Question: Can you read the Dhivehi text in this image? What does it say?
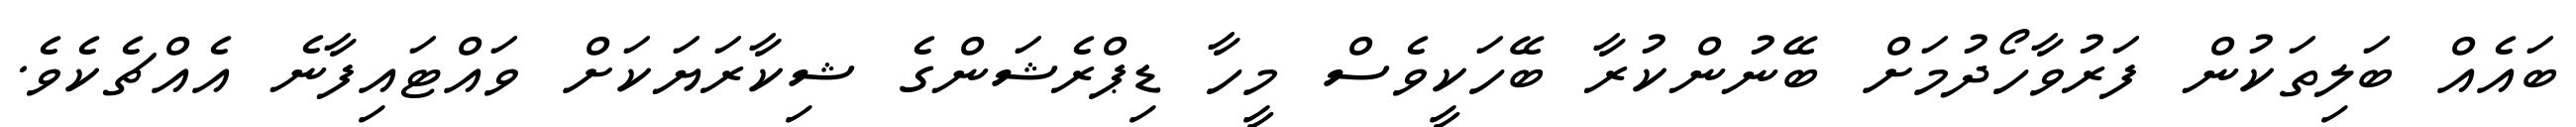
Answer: ބައެއް ބަލިތަކުން ފަރުވާހޯދުމަށް ބޭނުންކުރާ ބޭހަކީވެސް މީހާ ޑިޕްރެޝަންގެ ޝިކާރަޔަކަށް ވައްޓައިފާނެ އެއްޗެކެވެ.